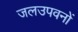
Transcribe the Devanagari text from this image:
जलउपवनों